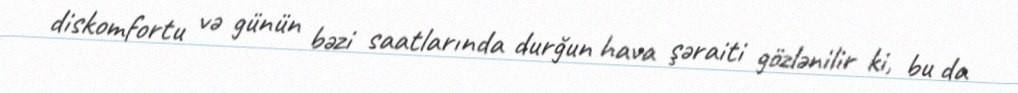
diskomfortu və günün bəzi saatlarında durğun hava şəraiti gözlənilir ki, bu da